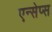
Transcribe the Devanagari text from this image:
एन्सेप्स